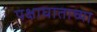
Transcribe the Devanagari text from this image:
पक्षाघाताच्या